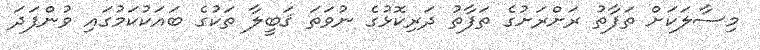
މިސާލަކަށް ތަފާތު ރަށްރަށުގެ ތަފާތު ދަރިކޮޅުގެ ނުވަތަ ޤަބީލާ ތަކުގެ ބައަކުކަމުގައި ވުންފަދަ